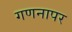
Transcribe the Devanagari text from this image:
गणनापर